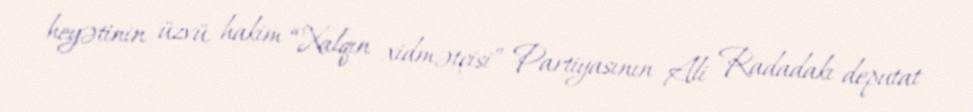
heyətinin üzvü, hakim “Xalqın xidmətçisi” Partiyasının Ali Radadakı deputat